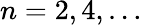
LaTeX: n=2,4,\dots